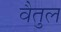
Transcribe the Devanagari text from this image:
वैतुल